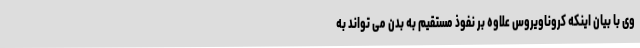
وی با بیان اینکه کروناویروس علاوه بر نفوذ مستقیم به بدن می تواند به